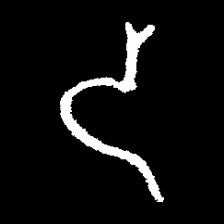
Pyu character \u2014 Myanmar letter: ဒ (romanized: da)